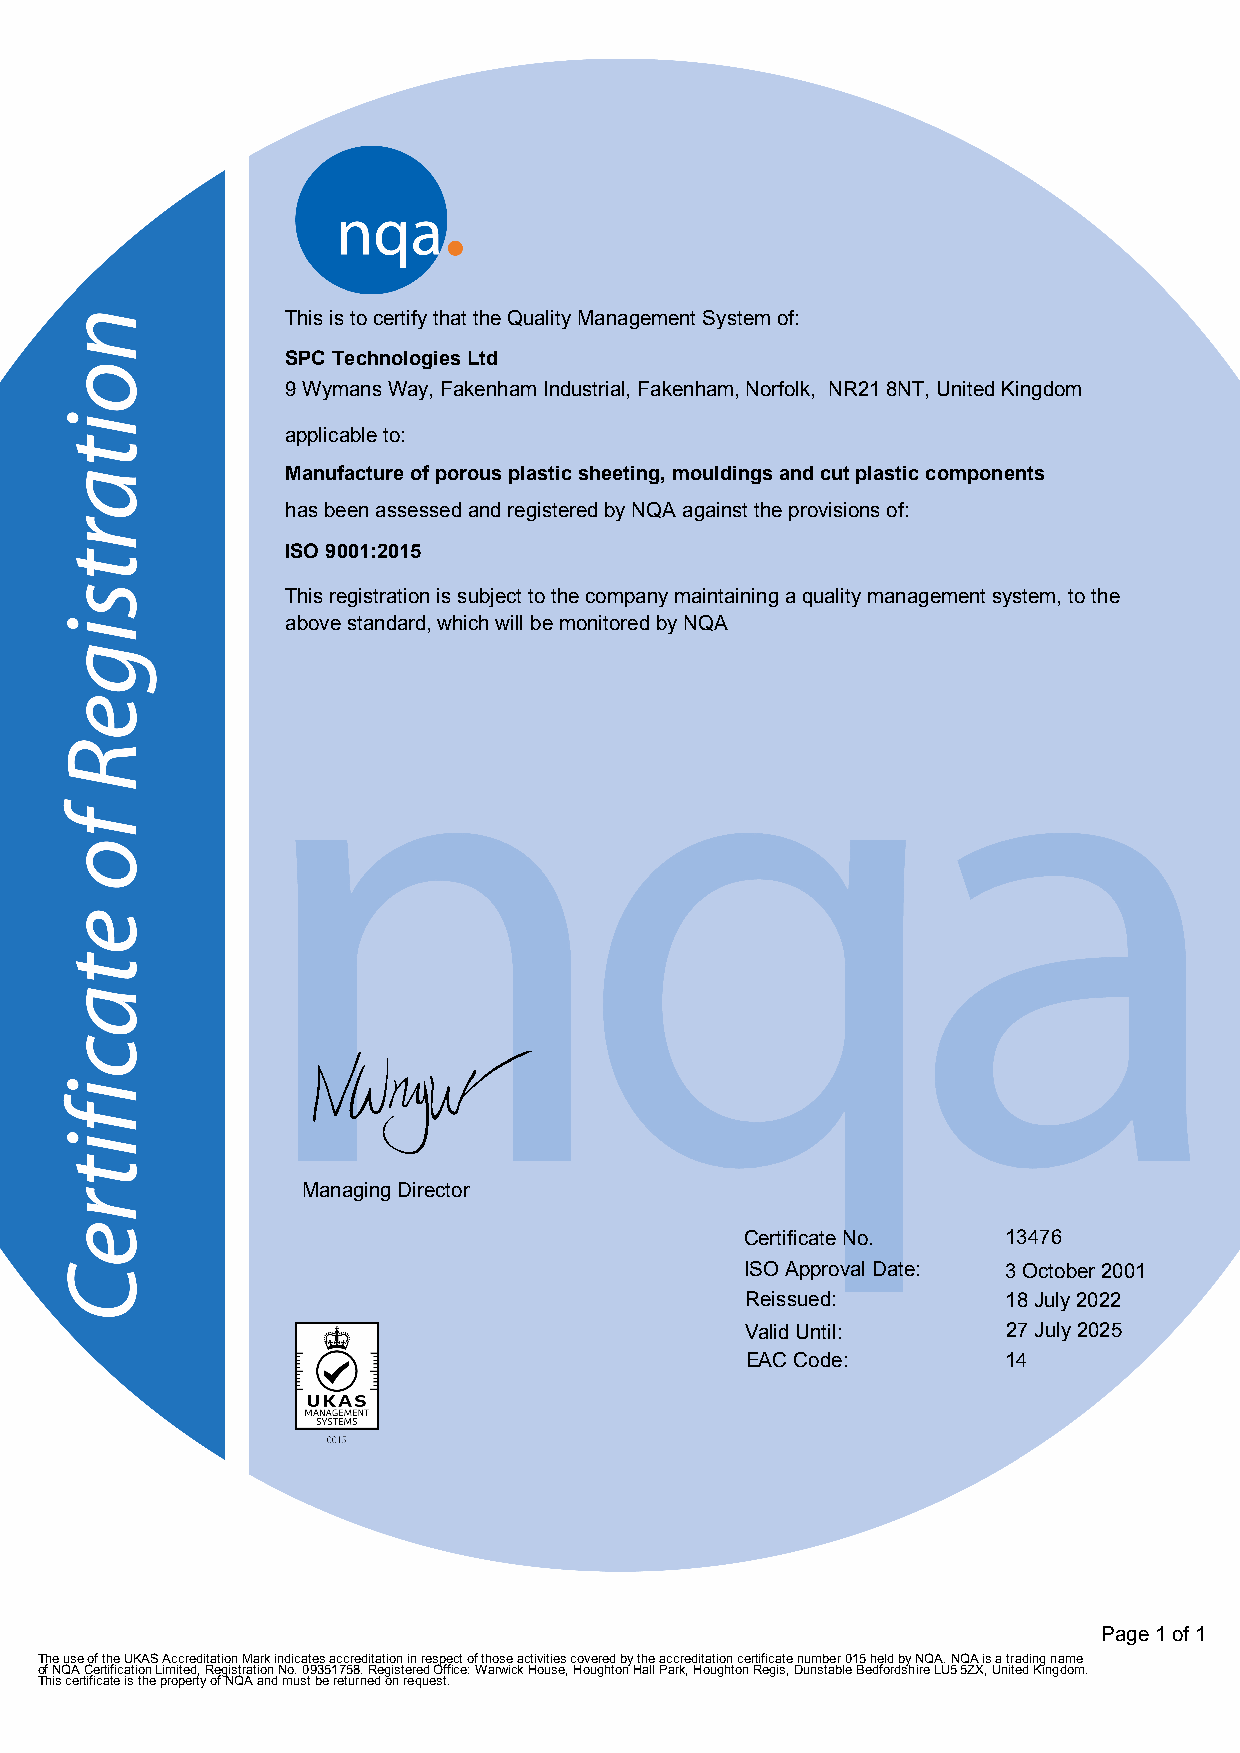
This is to certify that the Quality Management System of:
 SPC Technologies Ltd
 9 Wymans Way, Fakenham Industrial, Fakenham, Norfolk, NR21 8NT, United Kingdom
 applicable to:
 Manufacture of porous plastic sheeting, mouldings and cut plastic components
 has been assessed and registered by NQA against the provisions of:
 ISO 9001:2015
 This registration is subject to the company maintaining a quality management system, to the
 above standard, which will be monitored by NQA
 F
 Managing Director
 Certificate No.   13476
 ISO Approval Date: 3 October 2001
 Reissued:         18 July 2022
 Valid Until:      27 July 2025
 EAC Code:         14
 Page 1 of 1
 The use of the UKAS Accreditation Mark indicates accreditation in respect of those activities covered by the accreditation certificate number 015 held by NQA. NQA is a trading name
 of NQA Certification Limited, Registration No. 09351758. Registered Office: Warwick House, Houghton Hall Park, Houghton Regis, Dunstable Bedfordshire LU5 5ZX, United Kingdom.
 This certificate is the property of NQA and must be returned on request.